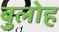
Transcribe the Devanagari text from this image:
बुलोह